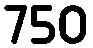
750